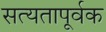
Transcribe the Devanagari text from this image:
सत्यतापूर्वक